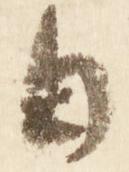
日